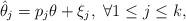
LaTeX: \begin{align*}\hat{\theta}_{j}=p_{j}\theta+\xi_{j},\ \forall 1\leq j\leq k, \end{align*}